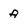
Character: A